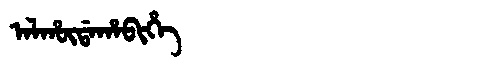
Manchu: ᠠᠯᡥᡡᡩᠠᡥᠠᠪᡳᡥᡝ
Romanization: ALHŪDAHABIHE